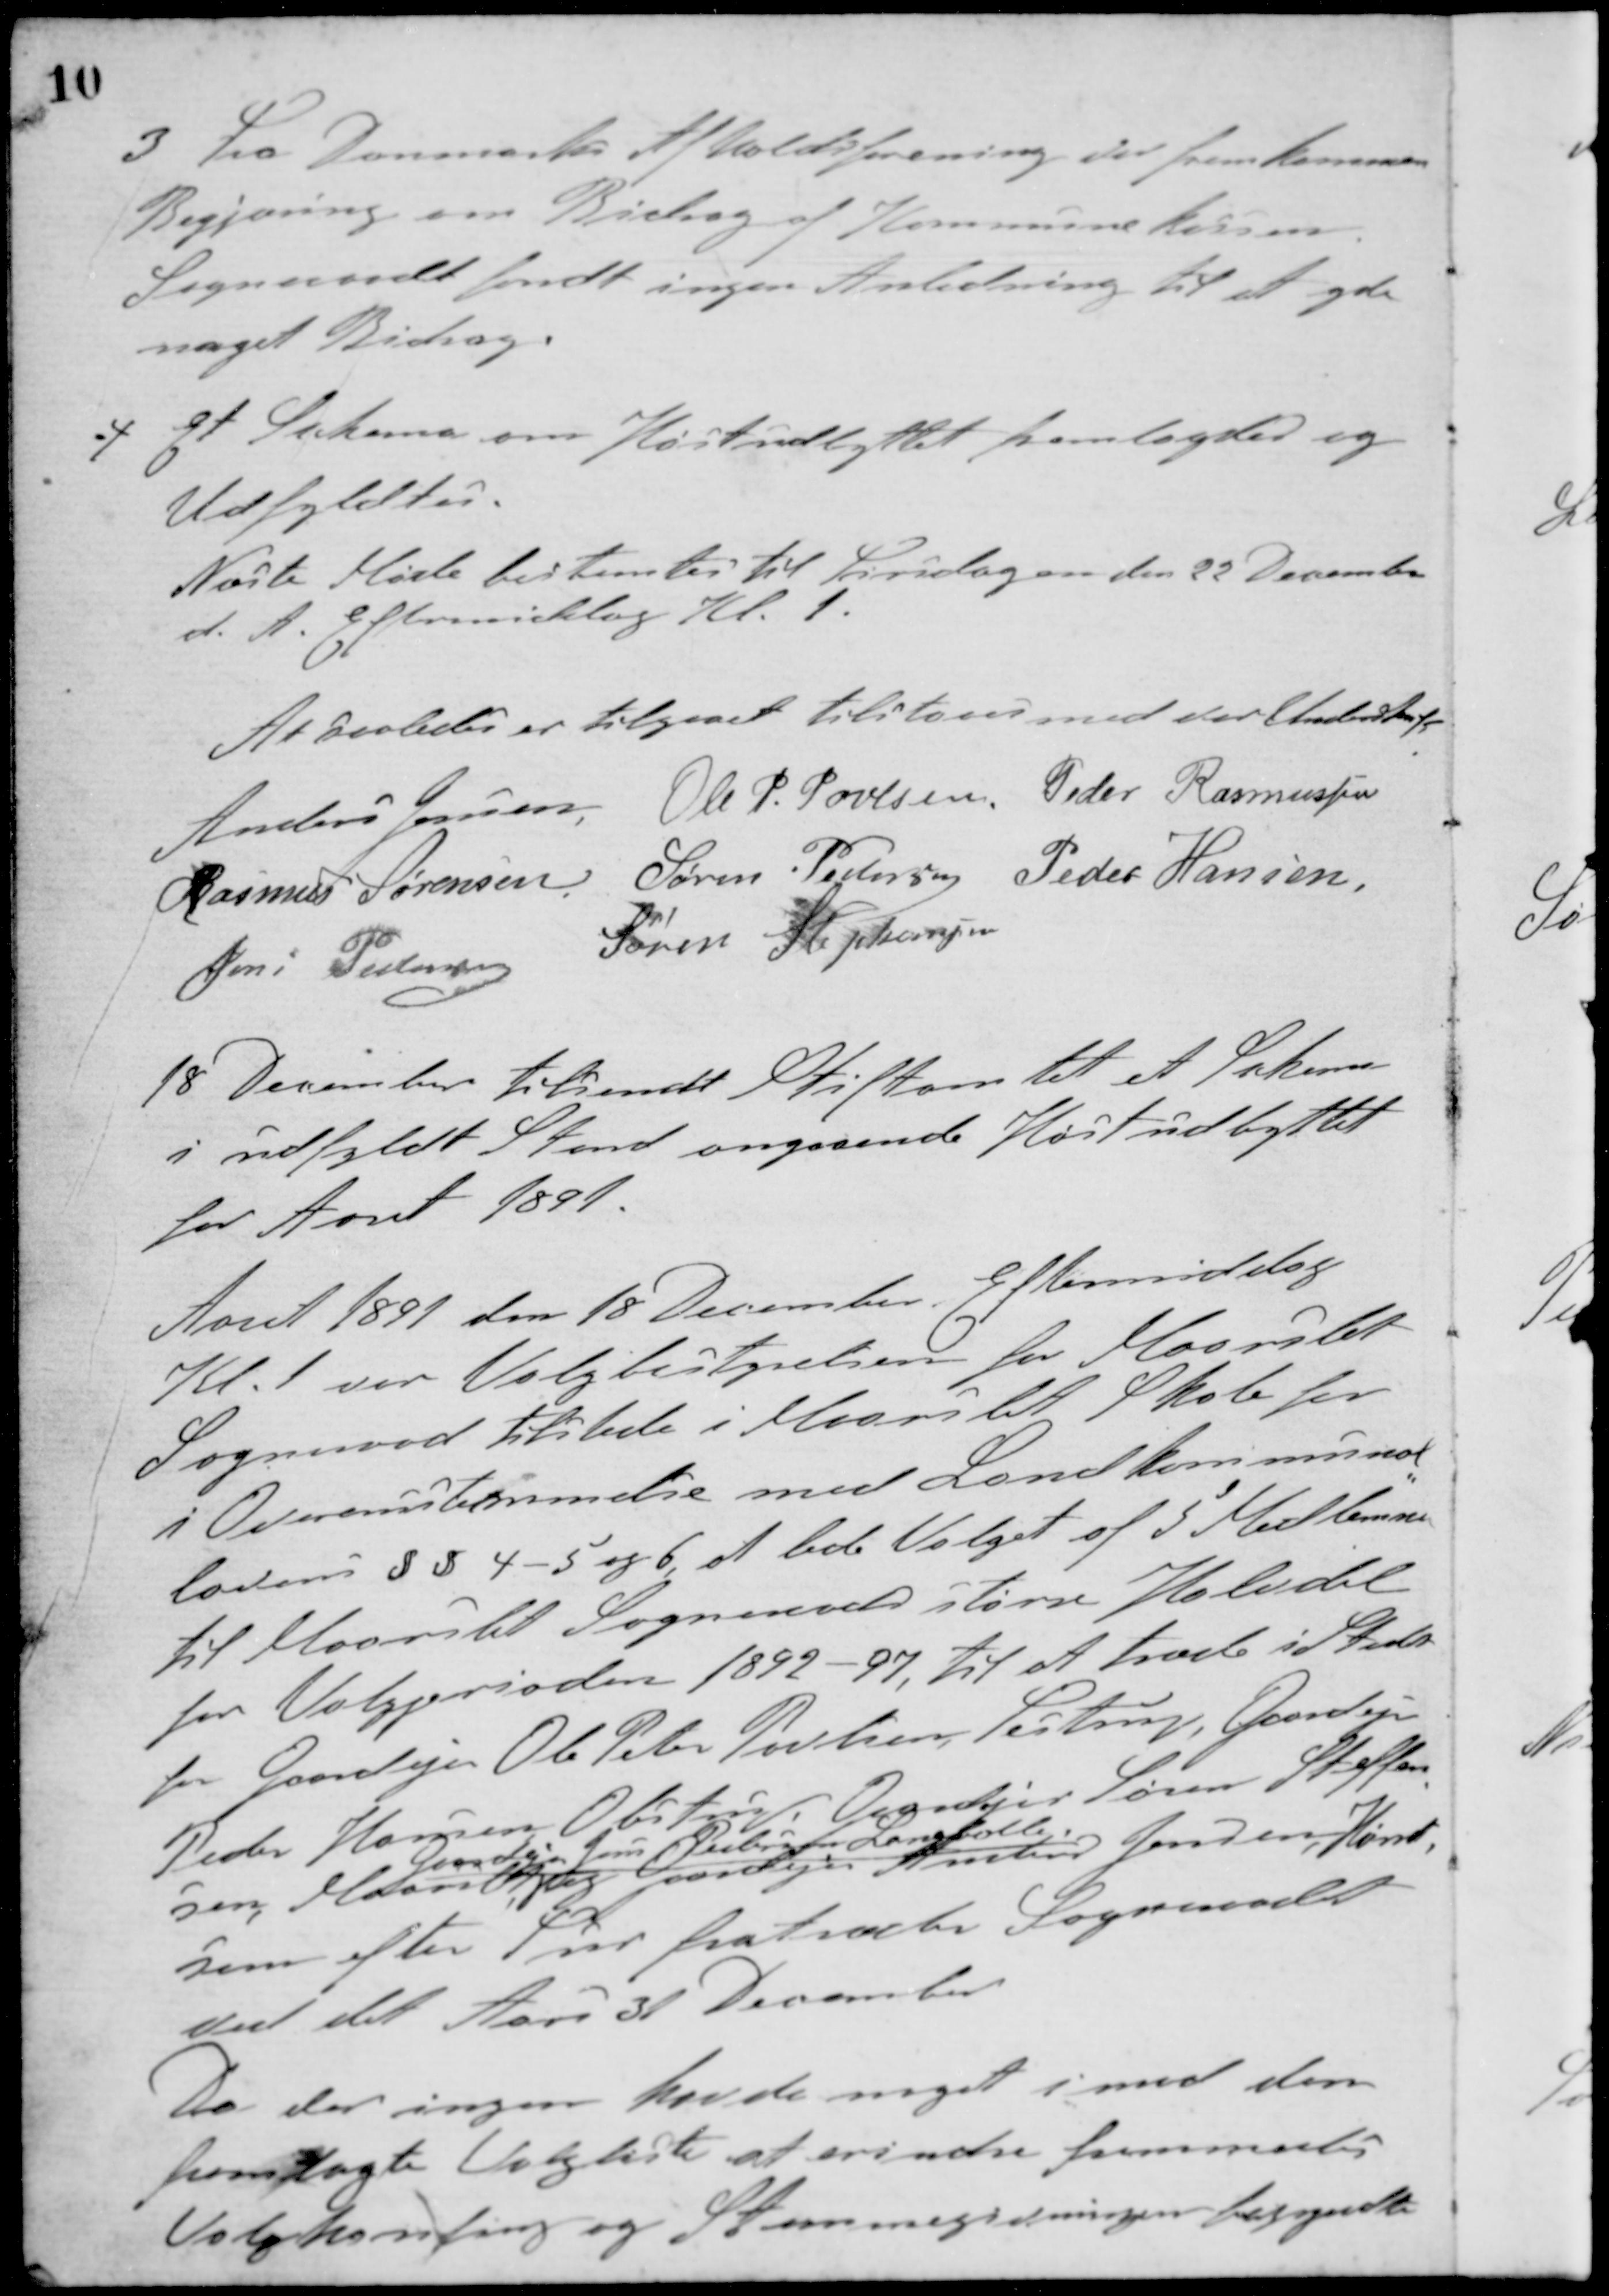
Transskription:
3 Fra Danmarks Afholdsforening der fremkommen
Begjæring om Bidrag af Kommunekassen.
Sogneraadet fandt ingen Anledning til at yde
noget Bidrag.
4 Et Skema om Høstudbyttet fremlagdes og
Udfyldtes.
Næste Møde bestemtes til Tirsdagen den 22 December
d. A. Eftermiddag Kl. 1.
At saaledes er tilgaaet tilstaaes med vor Underskrift
Anders Jensen Ole P. Poulsen Peder Rasmussen
Rasmus Sørensen Søren Petersen Peder Hansen
Jens Pedersen Søren Stephansen
18. December tilsendt Stiftamtet et Skema
i udfyldt Stand angaaende Høstudbyttet
for Aaret 1891.
Aaret 1891 den 18 December Eftermiddag
Kl. 1 var Valgbestyrelsen for Maarslet
Sogneraad tilstede i Maarslet Skole for
i Overensstemmelse med Landkommunal
lovens § § 4 - 5 og 6 at lede Valget af 5 Medlemmer
til Maarslet Sogneraads større Halvdel
for Valgperioden 1892 - 97, til at træde i Stedet
for Gaardejer Ole Peter Poulsen, Testrup, Gaardejer
Peder Hansen Obstrup Gartner Søren Steffen-
sen Maarslet
Gaardejer Jens Rubjerg Langballe
og Gaardejer Amtius Jensen, Hørret
som efter Tur fratræder Sogneraadet
ved det Aars 31 December
Da der ingen havde noget imod den
fremlagte Valgliste at erindre fremmentes
Valghandling og Stemmegivningen begyndte.